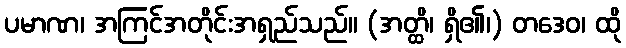
ပမာဏ၊ အကြင်အတိုင်းအရှည်သည်။ (အတ္ထိ၊ ရှိ၏၊) တဒေဝ၊ ထို